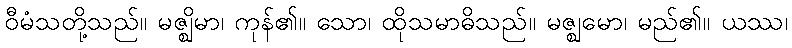
ဝီမံသတို့သည်။ မဇ္ဈိမာ၊ ကုန်၏။ သော၊ ထိုသမာဓိသည်။ မဇ္ဈမော၊ မည်၏။ ယဿ၊